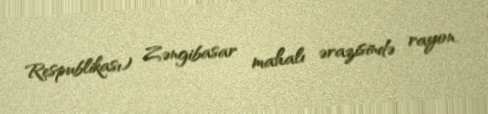
Respublikası) Zəngibasar mahalı ərazisində rayon.